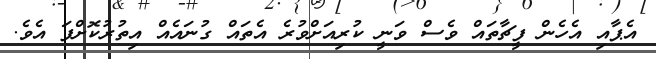
އެޕާއި އެހެން ފީޗާތައް ވެސް ވަނީ ކުރިއަށްވުރެ އެތައް ގުނައެއް އިތުރުކޮށްފަ އެވެ.